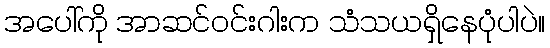
အပေါ်ကို အာဆင်ဝင်းဂါးက သံသယရှိနေပုံပါပဲ။